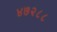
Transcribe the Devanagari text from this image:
४७२८८